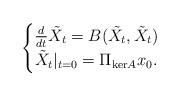
LaTeX: \begin{align*} \begin{cases}\frac{d}{dt} \tilde{X}_t = B(\tilde{X}_t,\tilde{X}_t) \\ \tilde{X}_t|_{t=0} = \Pi_{\mathrm{ker}A}x_0.\end{cases}\end{align*}